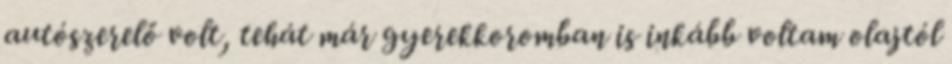
autószerelő volt, tehát már gyerekkoromban is inkább voltam olajtól